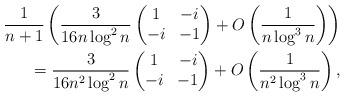
LaTeX: \begin{align*} \frac{1}{n+1}\left(\frac{3}{16 n\log^2n} \left(\begin{matrix}1 & -i\\-i& -1\end{matrix}\right) + O\left(\frac{1}{n\log^3n}\right)\right) \\\qquad{} = \frac{3}{16 n^2\log^2n} \left(\begin{matrix}1 & -i\\-i& -1\end{matrix}\right) + O\left(\frac{1}{n^2\log^3n}\right),\end{align*}